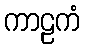
ကာဠကံ